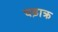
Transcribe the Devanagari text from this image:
चढ़ाक्र